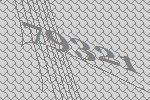
79321